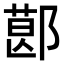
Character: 𨝥